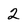
Character: 2